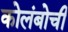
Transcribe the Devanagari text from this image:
कोलंबोची